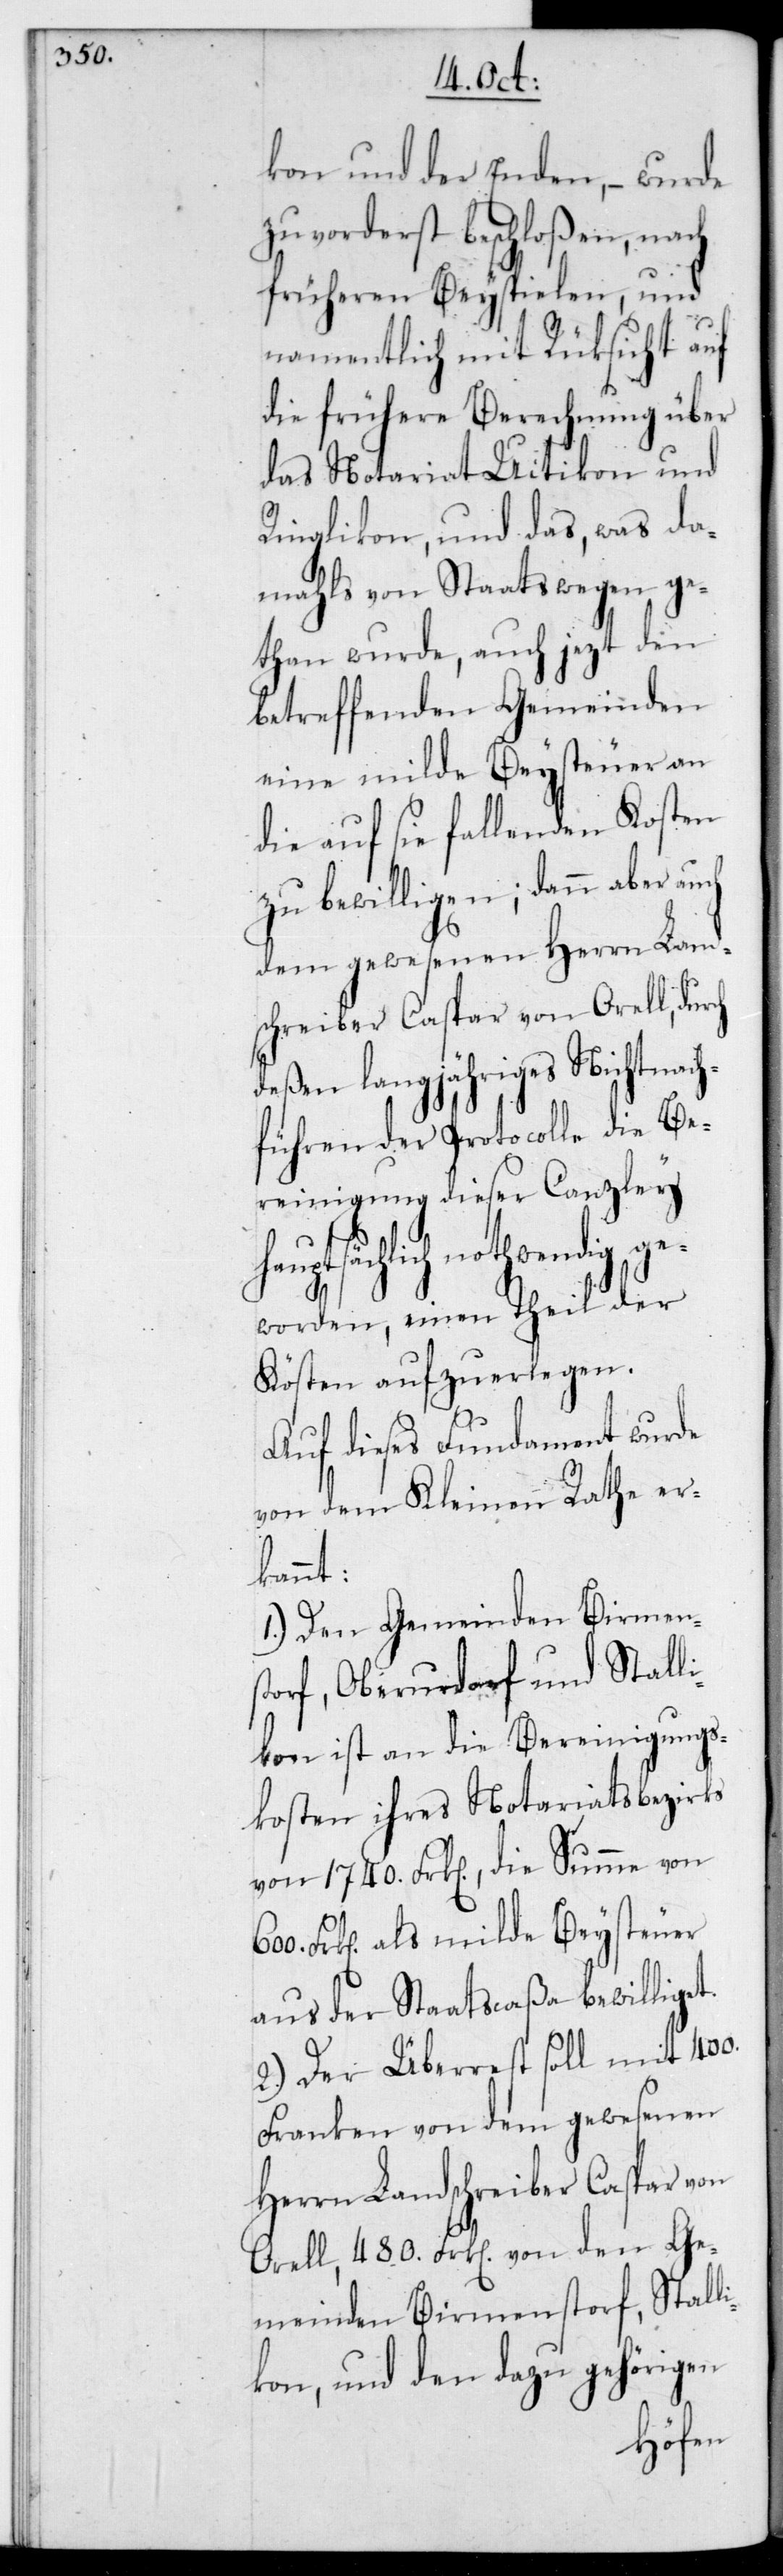
kon und der Enden, – wurde
zuvorderst beschloßen, nach
früheren Beyspielen und
namentlich mit Rücksicht auf
die frühere Berechnung über
das Notariat Uitikon und
Ringlikon, und das, was da¬
mahls von Staatswegen ge¬
than wurde, auch jezt den
betreffenden Gemeinden
eine milde Beysteuer an
die auf sie fallenden Kosten
zu bewilligen; dann aber auch
dem gewesenen Herrn Land¬
schreiber Caspar von Orell, dur¬
deßen langjähriges Nichtnach¬
führen der Protocolle die Be¬
reinigung dieser Canzley
sächlich nothwendig ge¬
worden, einen Theil der
Kösten aufzuerlegen.
Auf dieses Fundament wurde
von dem Kleinen Rath er¬
kannt:
1.) Den Gemeinden Birmen¬
storf, Oberurdorf und Stall¬
ikon ist an die Bereinigungs¬
kosten ihres Notariatsbezirks
von 1740 Frk[en], die Summe von
Frk[en] als milde Beysteuer
aus der Staatscaßa bewilliget.
2.) Der Überrest soll mit 400
Franken von dem gewesenen
Herrn Landschreiber Caspar von
Orell, 480 Frk[en] von den Ge¬
meinden Birmenstorf, Stall¬
ikon und den dazu gehörigen
ch